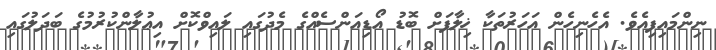
ނިންމައިފިއެވެ. އެހެނިހެން އަހަރުތަކާ ޚިލާފަށް ބޮޑު އޯޑިއަންސެއްގެ މެދުގައި ލައިވްކޮށް އިޢުލާންކުރުމުގެ ބަދަލުގައި